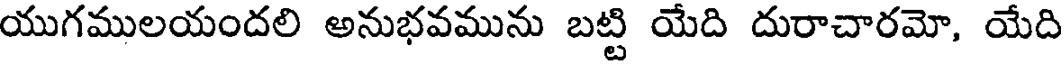
యుగములయందలి అనుభవమును బట్టి యేది దురాచారమో, యేది